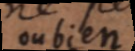
oubien